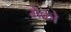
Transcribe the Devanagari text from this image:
मेको